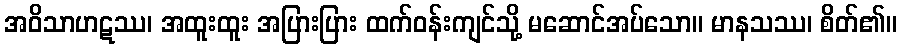
အဝိသာဟဋဿ၊ အထူးထူး အပြားပြား ထက်ဝန်းကျင်သို့ မဆောင်အပ်သော။ မာနသဿ၊ စိတ်၏။